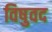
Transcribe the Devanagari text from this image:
विषुवद